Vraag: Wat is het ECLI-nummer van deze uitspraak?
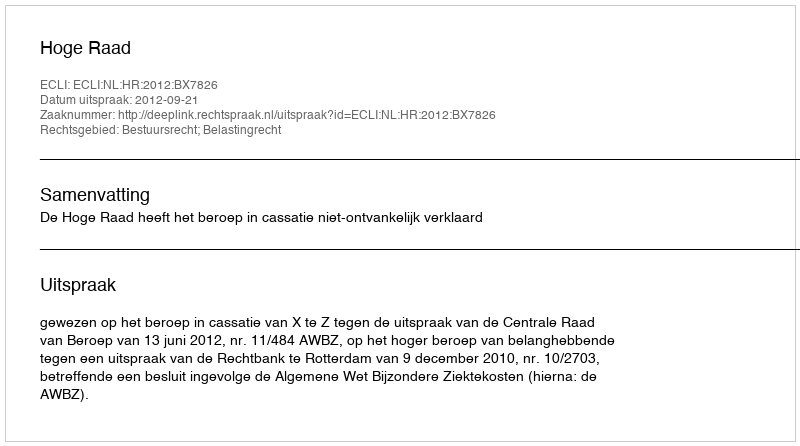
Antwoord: ECLI:NL:HR:2012:BX7826